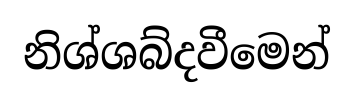
නිශ්ශබ්දවීමෙන්